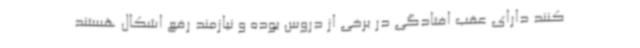
کنند دارای عقب افتادگی در برخی از دروس بوده و نیازمند رفع اشکال هستند